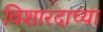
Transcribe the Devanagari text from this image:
विशारदाच्या